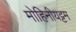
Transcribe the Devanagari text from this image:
मोहिनीयट्टम